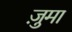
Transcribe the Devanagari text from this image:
ज़ुमा